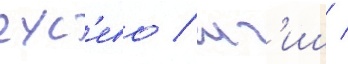
гус'ево / иг'иш /